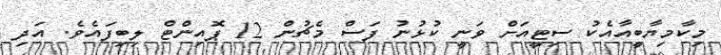
މިކާމިޔާބީއާއެކު ސިޓީއަށް ވަނީ ކުޅުނު ފަސް މެޗުން 12 ޕޮއިންޓް ލިބިފައެވެ. އަދި